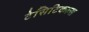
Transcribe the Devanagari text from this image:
टेसिटिकल्स